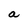
Character: a